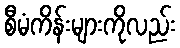
စီမံကိန်းများကိုလည်း